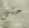
حتى